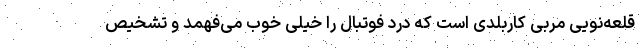
قلعه‌نویی مربی کاربلدی است که درد فوتبال را خیلی خوب می‌فهمد و تشخیص